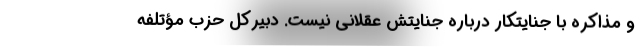
و مذاکره با جنایتکار درباره جنایتش عقلانی نیست. دبیرکل حزب مؤتلفه